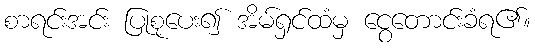
စာရင်းအင်း ပြုစုပေး၍ အိမ်ရှင်ထံမှ ငွေတောင်းခံရ၏။